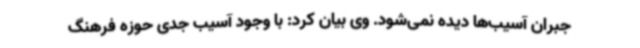
جبران آسیب‌ها دیده نمی‌شود. وی بیان کرد: با وجود آسیب جدی حوزه فرهنگ